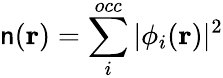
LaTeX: \mathsf{n}(\mathbf{{r}})=\sum_{i}^{occ}|\phi_{i}({\mathbf{r}})|^{2}